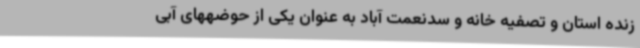
زنده استان و تصفیه خانه و سدنعمت آباد به عنوان یکی از حوضههای آبی